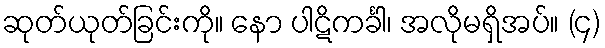
ဆုတ်ယုတ်ခြင်းကို။ နော ပါဋိကင်္ခါ၊ အလိုမရှိအပ်။ (၄)